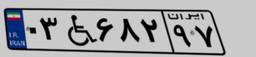
۰۳W۶۸۲۹۷